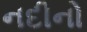
નદીનો